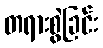
တရားစွဲခြင်း